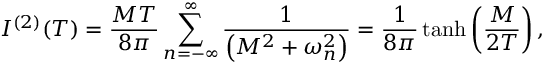
I ^ { ( 2 ) } ( T ) = { \frac { M T } { 8 \pi } } \sum _ { n = - \infty } ^ { \infty } { \frac { 1 } { \left( M ^ { 2 } + \omega _ { n } ^ { 2 } \right) } } = { \frac { 1 } { 8 \pi } } \operatorname { t a n h } \left( { \frac { M } { 2 T } } \right) ,